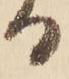
る